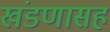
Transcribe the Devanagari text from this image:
खंडणासह